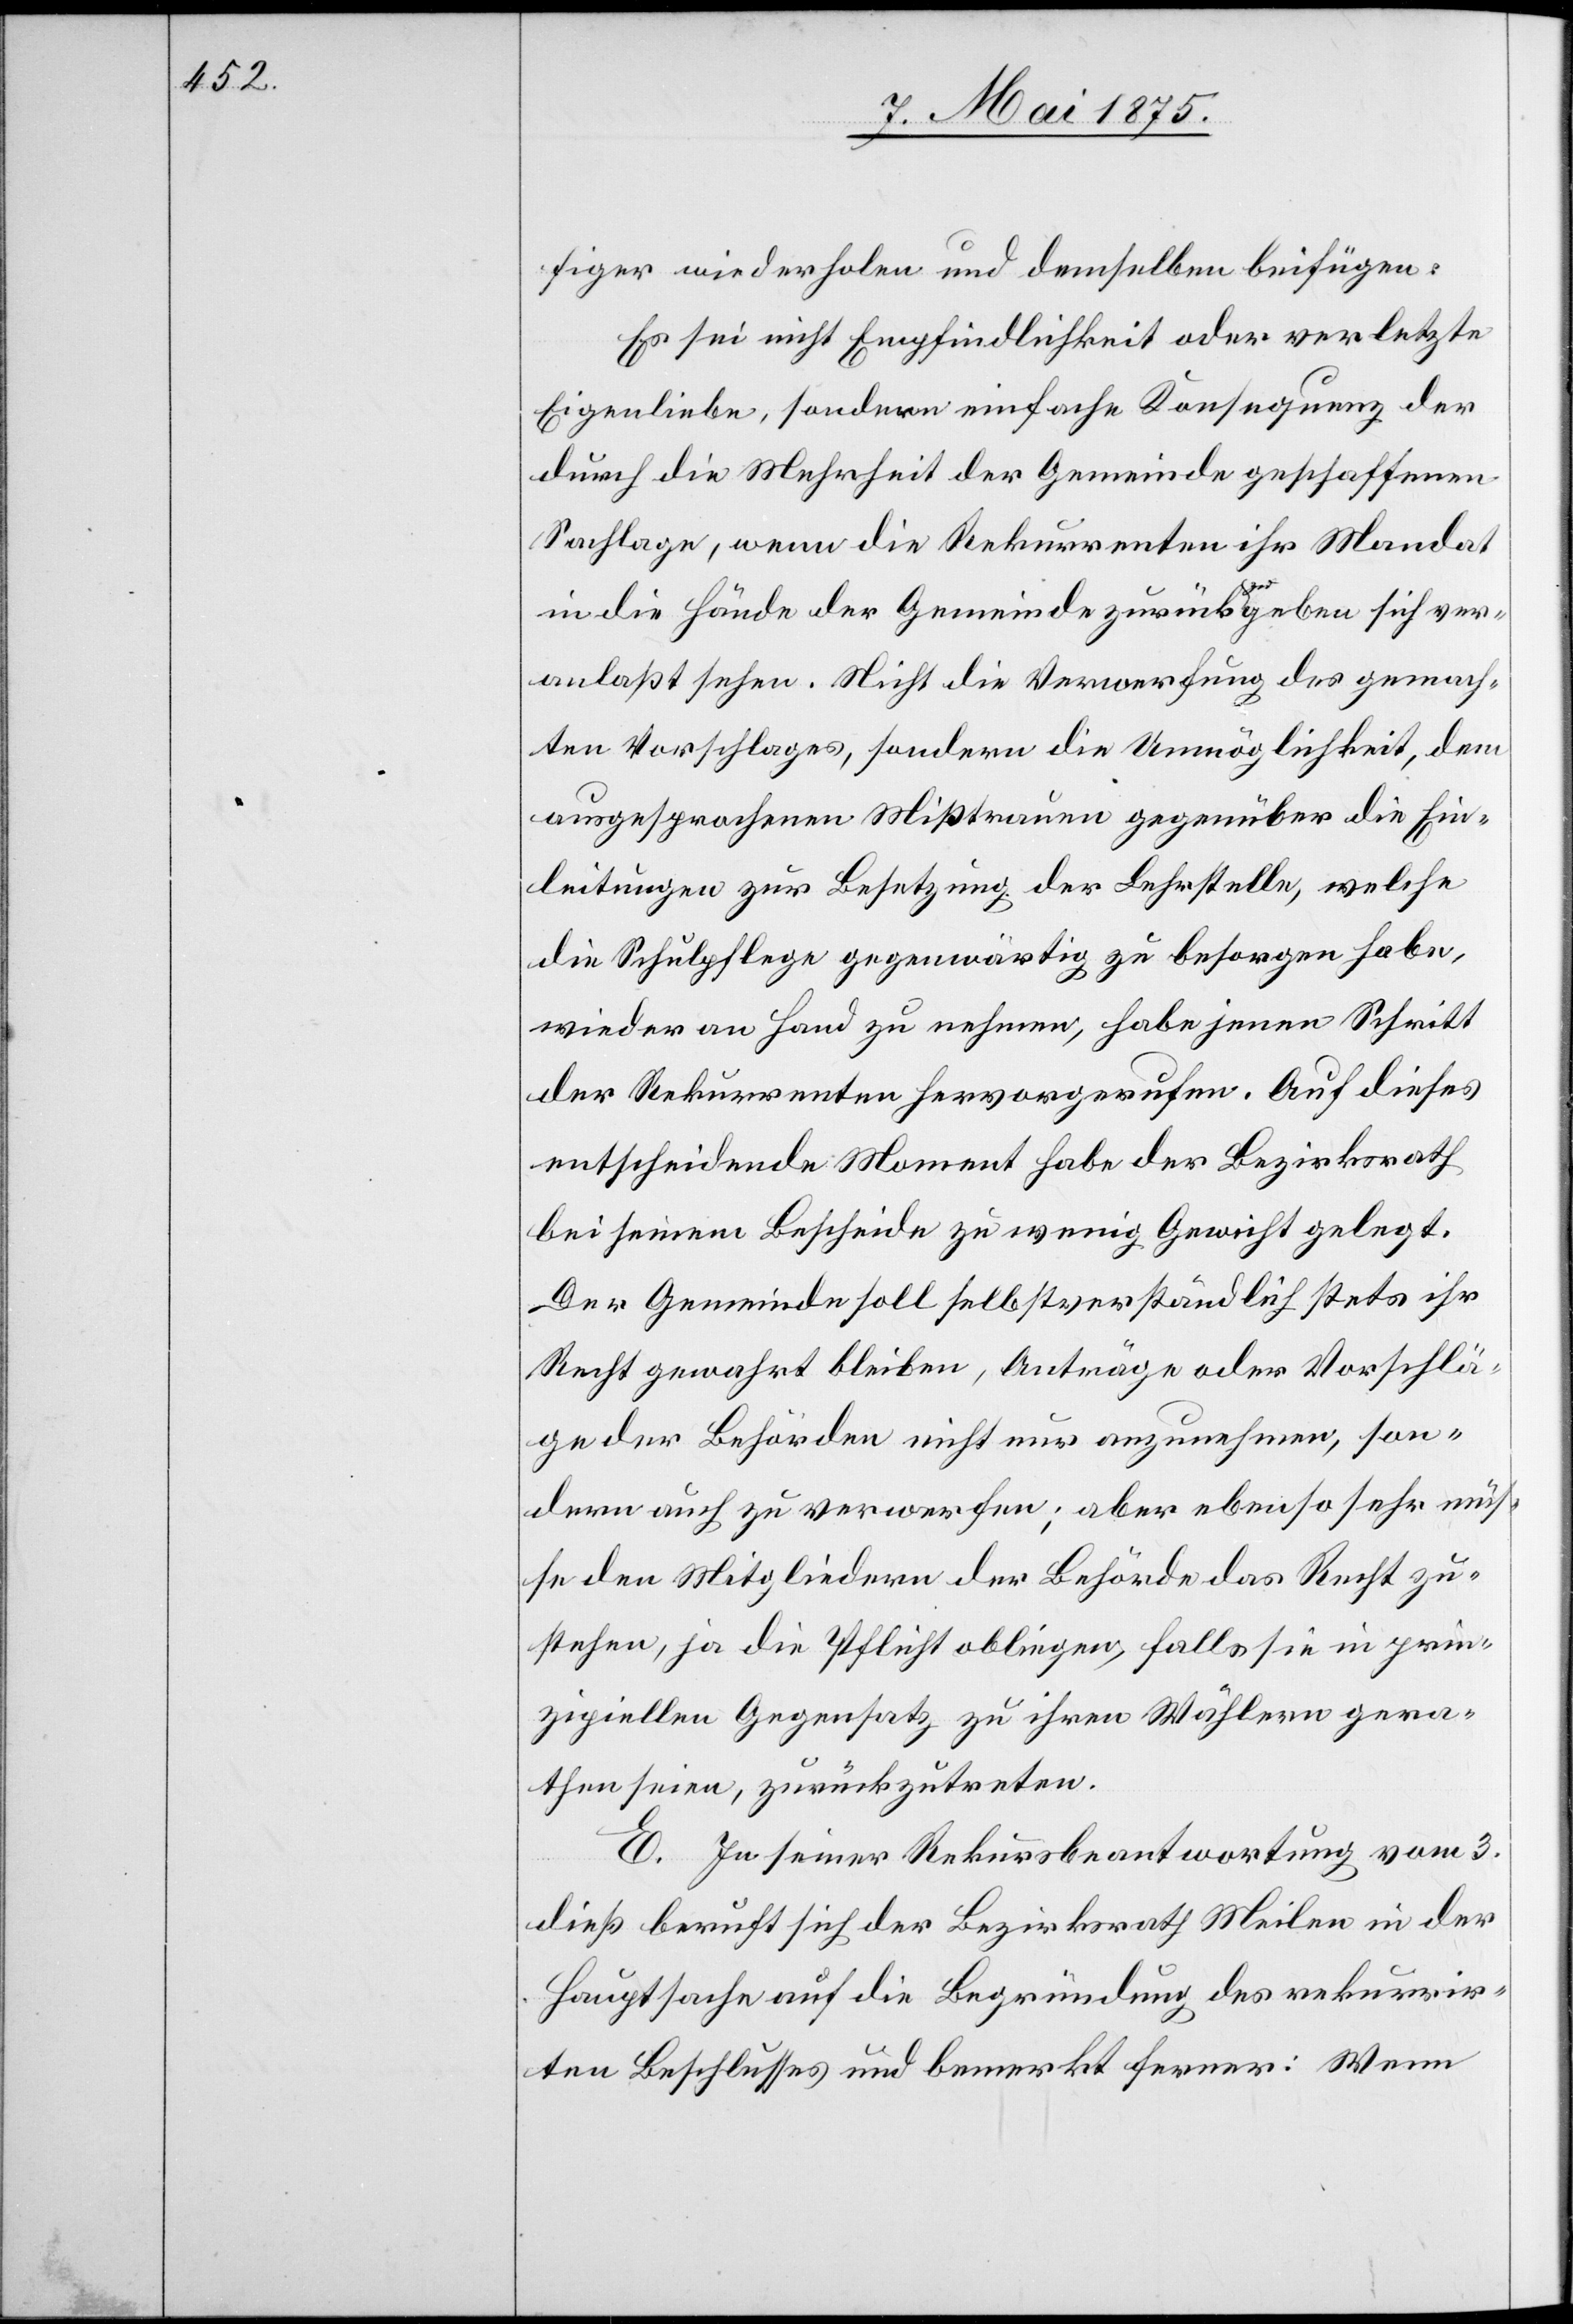
figer wiederholen und demselben beifügen:
Es sei nicht Empfindlichkeit oder verletzte
Eigenliebe, sondern einfache Konsequenz der
durch die Mehrheit der Gemeinde geschlossenen
Sachlage, wenn die Rekurrenten ihr Mandat
in die Hände der Gemeinde zurückzugeben sich ver¬
anlaßt sehen. Nicht die Verwerfung des gemach¬
ten Vorschlages, sondern die Unmöglichkeit, dem
ausgesprochenen Mißtrauen gegenüber die Ein¬
leitungen zur Besetzung der Lehrstelle, welche
die Schulpflege gegenwärtig zu besorgen habe,
wieder an Hand zu nehmen, habe jenen Schritt
der Rekurrenten hervorgerufen. Auf dieses
entscheidende Moment habe der Bezirksrath
bei seinem Bescheide zu wenig Gewicht gelegt.
Der Gemeinde soll selbstverständlich stets ihr
Recht gewahrt bleiben, Anträge oder Vorschlä¬
ge der Behörden nicht nur anzunehmen, son¬
dern auch zu verwerfen; aber ebenso sehr müs¬
se den Mitgliedern der Behörde das Recht zu¬
stehen, ja die Pflicht obliegen, falls sie in s¬
peziellen Gegensatz zu ihren Wählern gera¬
then seien, zurückzutreten.
E. In seiner Rekursbeantwortung vom 3.
dieß beruft sich der Bezirksrath Meilen in der
Hauptsache auf die Begründung des rekurrir¬
ten Beschlusses und bemerkt ferner: Wenn